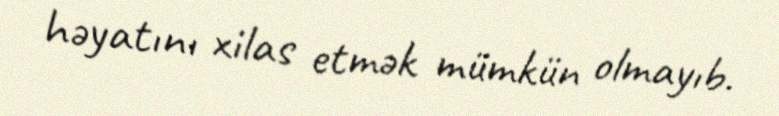
həyatını xilas etmək mümkün olmayıb.